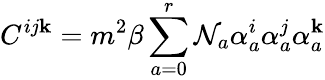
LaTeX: C^{ij\mathbf{k}}=m^{2}\beta\sum_{a=0}^{r}\mathcal{N}_{a}\alpha_{a}^{i}\alpha_{a}^{j}\alpha_{a}^{\mathbf{k}}